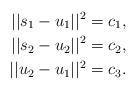
LaTeX: \begin{align*}||s_1-u_1||^2 = c_1, \\||s_2-u_2||^2 = c_2,\\||u_2-u_1||^2 = c_3. \end{align*}